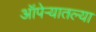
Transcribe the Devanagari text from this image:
ऑपेऱ्यातल्या